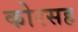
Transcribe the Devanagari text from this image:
कोरसह